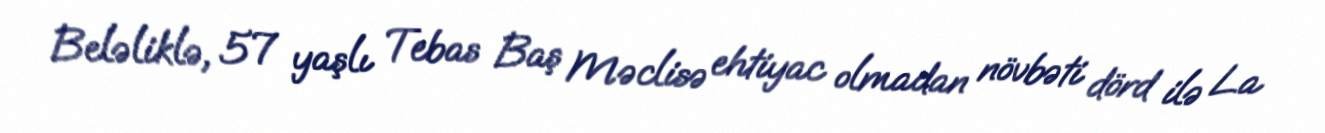
Beləliklə, 57 yaşlı Tebas Baş Məclisə ehtiyac olmadan növbəti dörd ilə La